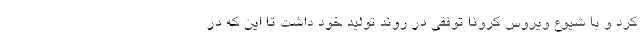
کرد و با شیوع ویروس کرونا توفقی در روند تولید خود داشت تا این که در